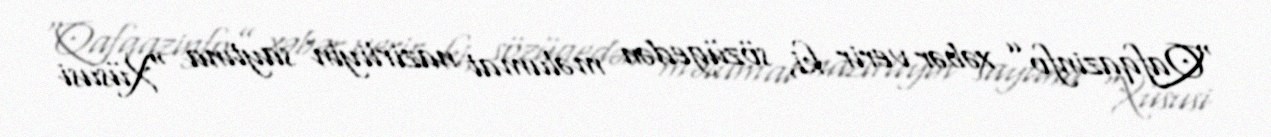
“Qafqazinfo” xəbər verir ki, sözügedən məlumat nazirliyin saytına “Xüsusi